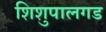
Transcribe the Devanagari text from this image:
शिशुपालगड